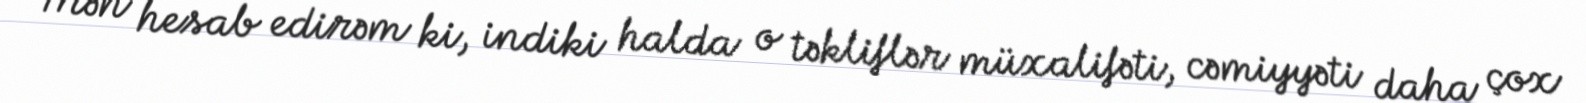
Mən hesab edirəm ki, indiki halda o təkliflər müxalifəti, cəmiyyəti daha çox